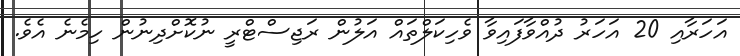
އަހަރާއި 20 އަހަރު ދުއްވާފައިވާ ވެހިކަލްތައް އަލުން ރަޖިސްޓްރީ ނުކޮށްދިނުން ހިމެނެ އެވެ.